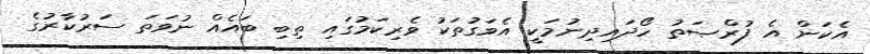
އެކަން އެ ފުރްޞަތު ހޯދައިދިނުމަކީ އެވަގުތަކު ވެރިކަމުގައި ތިބި ބައެއް ނުވަތަ ސަރުކާރުގެ